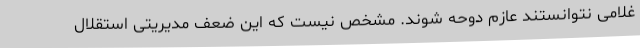
غلامی نتوانستند عازم دوحه شوند. مشخص نیست که این ضعف مدیریتی استقلال